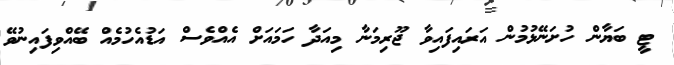
ޓީ ބަޔާން ހުށަނޭޅުމުން އަރައިފައިވާ ޖޫރިމަނާ މިއަދާ ހަމައަށް އެއްވެސް އަޑުއެހުމެއް ބޭއްވިފައިނުވޭ